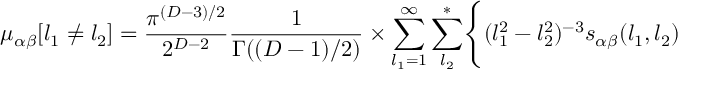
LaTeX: \mu _ { \alpha \beta } [ l _ { 1 } \neq l _ { 2 } ] = { \frac { \pi ^ { ( D - 3 ) / 2 } } { 2 ^ { D - 2 } } } { \frac { 1 } { \Gamma ( ( D - 1 ) / 2 ) } } \times \sum _ { l _ { 1 } = 1 } ^ { \infty } \sum _ { l _ { 2 } } ^ { * } \Biggl \{ ( l _ { 1 } ^ { 2 } - l _ { 2 } ^ { 2 } ) ^ { - 3 } s _ { \alpha \beta } ( l _ { 1 } , l _ { 2 } )